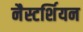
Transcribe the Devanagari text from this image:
नैस्टर्शियन